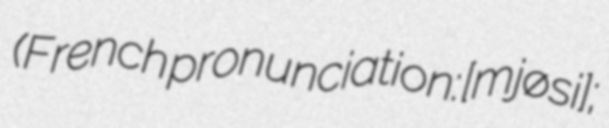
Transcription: (French pronunciation: ​[mjøsi];